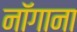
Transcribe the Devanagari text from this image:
नॉगाना